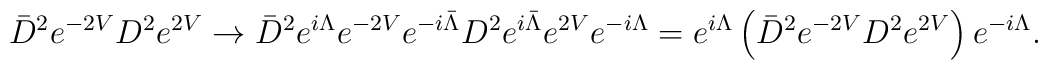
\bar{D}^2 e^{-2 V} D^2 e^{2V} \rightarrow \bar{D}^2 e^{i \Lambda} e^{-2V}    e^{-i \bar{\Lambda}} D^2 e^{i \bar{\Lambda}} e^{2V} e^{-i \Lambda}=  e^{i \Lambda}\left(\bar{D}^2 e^{-2V} D^2 e^{2V}\right)e^{-i \Lambda}.